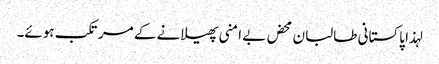
لہذا پاکستانی طالبان محض بے امنی پھیلانے کے مرتکب ہوئے۔